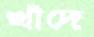
খাঁদে